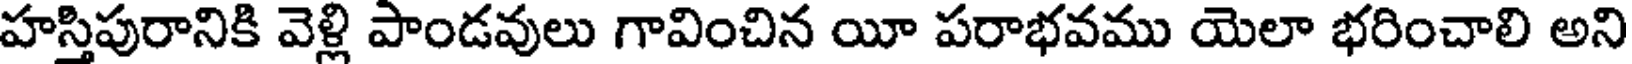
హస్తిపురానికి వెళ్లి పాండవులు గావించిన యీ పరాభవము యెలా భరించాలి అని